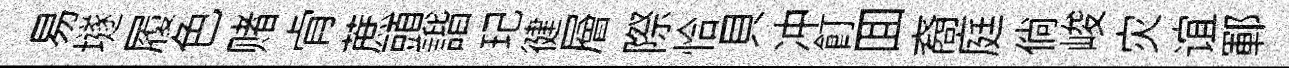
易𡑞履色赌肻蔗頭諧玘徤層際恰貝冲飣囬裔庭倘峻灾谊鄆